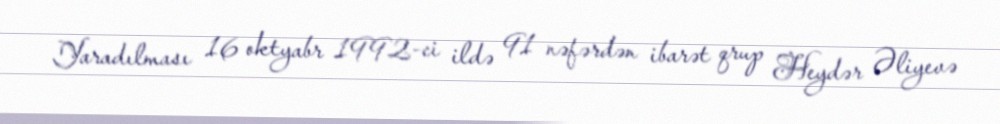
Yaradılması 16 oktyabr 1992-ci ildə 91 nəfərdən ibarət qrup Heydər Əliyevə